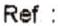
REF :